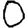
Digit: 0